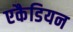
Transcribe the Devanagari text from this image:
एकैडियन